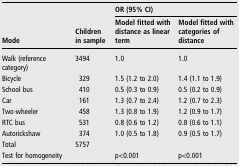
| <ROWSPAN=2> Mode |  | <COLSPAN=2> OR (95% CI) |
 | Children in sample | Model fitted with distance as linear term | Model fitted with categories of distance |
 | --- | --- | --- | --- |
 | Walk (reference category) | 3494 | 1.0 | 1.0 |
 | Bicycle | 329 | 1.5 (1.2 to 2.0) | 1.4 (1.1 to 1.9) |
 | School bus | 410 | 0.5 (0.3 to 0.9) | 0.5 (0.2 to 0.9) |
 | Car | 161 | 1.3 (0.7 to 2.4) | 1.2 (0.7 to 2.3) |
 | Two-wheeler | 458 | 1.3 (0.8 to 1.9) | 1.2 (0.9 to 1.7) |
 | RTC bus | 531 | 0.8 (0.6 to 1.2) | 0.8 (0.6 to 1.1) |
 | Autorickshaw | 374 | 1.0 (0.5 to 1.8) | 0.9 (0.5 to 1.7) |
 | Total | 5757 |  |  |
 | Test for homogeneity |  | p<0.001 | p<0.001 |